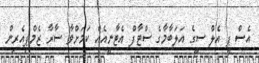
އެސް ޕީ އެލް ސީގެ އަލަބާމާގެ ސްޓާފް އެޓާނީއެއް ކަމަށްވާ ސާރާ ޒެމްޕިއެރިން